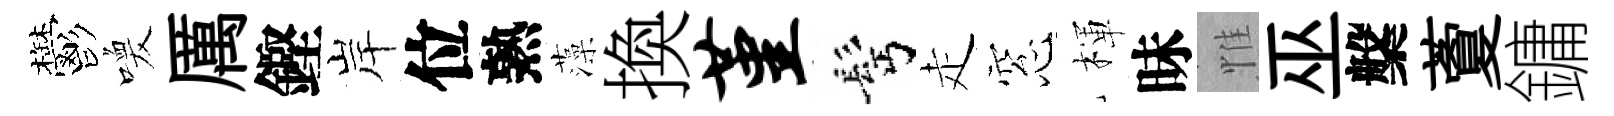
鬱喚厲鏗岸位熟藻換堇髩走窓楎昧惟巫槃藑鏞